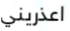
اعذريني